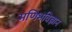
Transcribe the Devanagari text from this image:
मणिभविज्ञान